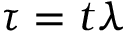
\tau = t \lambda